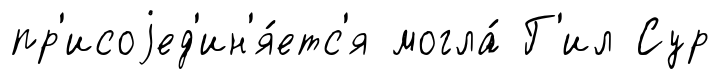
пр'исоjед'ин'я́етс'я могла́ Г'ил Сур